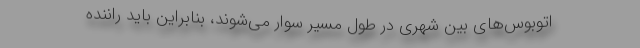
اتوبوس‌های بین شهری در طول مسیر سوار می‌شوند، بنابراین باید راننده